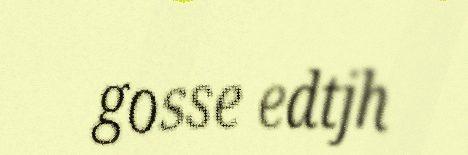
gosse edtjh